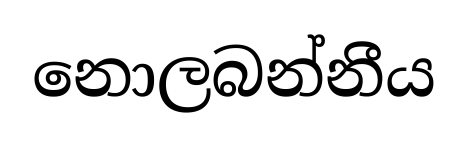
නොලබන්නීය